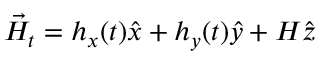
\vec { H } _ { t } = h _ { x } ( t ) \widehat { x } + h _ { y } ( t ) \widehat { y } + H \widehat { z }